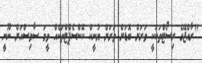
"ރާއްޖޭގެ ރިސޯޓްތަކަކީ ވަރަށް ބޮޑަށް ވަރަށް ޔުނީކް ކޮންސެޕްޓްތަކެއް ވީމަ ސާވިސްއަށް ނޫނީ